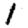
Digit: 1